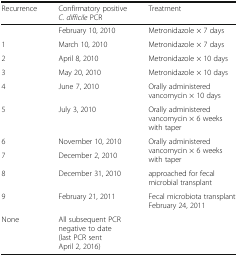
<table><thead><tr><td><b>Recurrence</b></td><td><b>Confirmatory positive <i>C. difficile</i> PCR</b></td><td><b>Treatment</b></td></tr></thead><tbody><tr><td></td><td>February 10, 2010</td><td>Metronidazole × 7 days</td></tr><tr><td>1</td><td>March 10, 2010</td><td>Metronidazole × 7 days</td></tr><tr><td>2</td><td>April 8, 2010</td><td>Metronidazole × 10 days</td></tr><tr><td>3</td><td>May 20, 2010</td><td>Metronidazole × 10 days</td></tr><tr><td>4</td><td>June 7, 2010</td><td>Orally administered vancomycin × 10 days</td></tr><tr><td>5</td><td>July 3, 2010</td><td>Orally administered vancomycin × 6 weeks with taper</td></tr><tr><td>6</td><td>November 10, 2010</td><td rowspan="2">Orally administered vancomycin × 6 weeks with taper</td></tr><tr><td>7</td><td>December 2, 2010</td></tr><tr><td>8</td><td>December 31, 2010</td><td>approached for fecal microbial transplant</td></tr><tr><td>9</td><td>February 21, 2011</td><td>Fecal microbiota transplant February 24, 2011</td></tr><tr><td>None</td><td>All subsequent PCR negative to date (last PCR sent April 2, 2016)</td><td></td></tr></tbody></table>